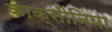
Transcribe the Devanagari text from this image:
काक्सीनिया